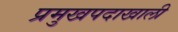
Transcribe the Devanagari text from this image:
प्रमुखपदाखाली